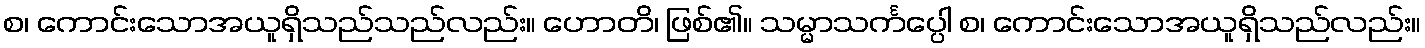
စ၊ ကောင်းသောအယူရှိသည်သည်လည်း။ ဟောတိ၊ ဖြစ်၏။ သမ္မာသင်္ကပ္ပေါ စ၊ ကောင်းသောအယူရှိသည်လည်း။